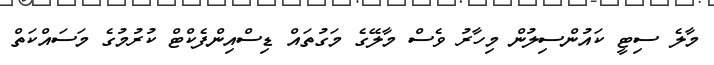
މާލެ ސިޓީ ކައުންސިލުން މިހާރު ވެސް މާލޭގެ މަގުތައް ޑިސްއިންފެކްޓް ކުރުމުގެ މަސައްކަތް